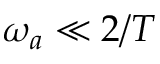
\omega _ { a } \ll 2 / T